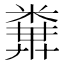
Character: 𥻔